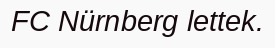
FC Nürnberg lettek.